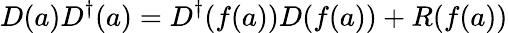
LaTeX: D(a)D^{\dagger}(a)=D^{\dagger}(f(a))D(f(a))+R(f(a))